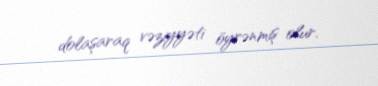
dolaşaraq vəziyyəti öyrənmiş olur.